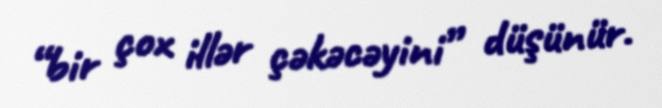
“bir çox illər çəkəcəyini” düşünür.